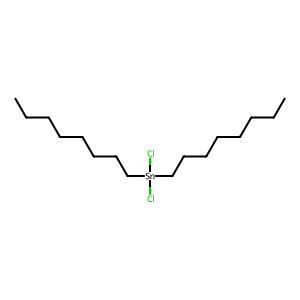
SMILES: CCCCCCCC[Sn](Cl)(Cl)CCCCCCCC
Inhibits HIV replication: No